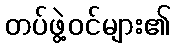
တပ်ဖွဲ့ဝင်များ၏